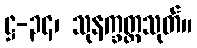
ဋ္ဌ-၃၄၊ သုနက္ခတ္တသုတ်။